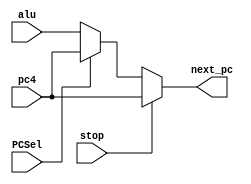
`timescale 1ns / 1ps
module PCSel(
    input stop,
    input PCSel,
    input [31:0] alu,
    input [31:0] pc4,
    output reg [31:0] next_pc
    );
    always @(*) begin
        if(stop) next_pc <= pc4;
        else next_pc = PCSel==1? pc4:alu;
    end
endmodule